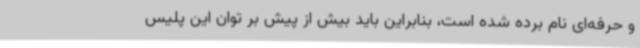
و حرفه‌ای نام برده شده است، بنابراین باید بیش از پیش بر توان این پلیس